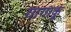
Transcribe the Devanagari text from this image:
गागाकू